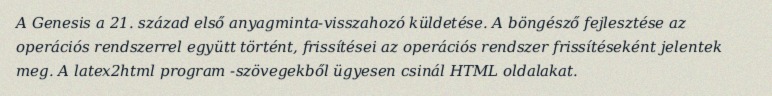
A Genesis a 21. század első anyagminta-visszahozó küldetése. A böngésző fejlesztése az operációs rendszerrel együtt történt, frissítései az operációs rendszer frissítéseként jelentek meg. A latex2html program -szövegekből ügyesen csinál HTML oldalakat.